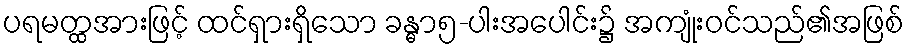
ပရမတ္ထအားဖြင့် ထင်ရှားရှိသော ခန္ဓာ၅-ပါးအပေါင်း၌ အကျုံးဝင်သည်၏အဖြစ်